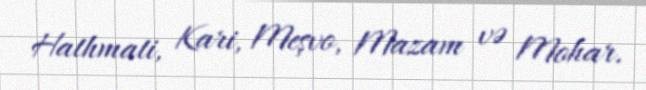
Hathmati, Kari, Meşvo, Mazam və Mohar.